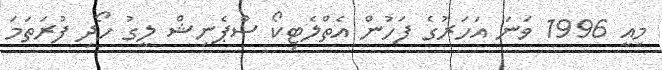
މިއީ 1996 ވަނަ އަހަރުގެ ފަހުން އެތްލެޓިކޯ ސްޕެނިޝް ލީގު ހޯދި ފުރަތަމަ